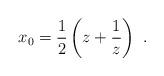
LaTeX: \begin{align*}x_0 = \frac{1}{2}\left(z+\frac{1}{z}\right)\ .\end{align*}